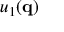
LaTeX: u _ { 1 } ( \mathbf { q } )